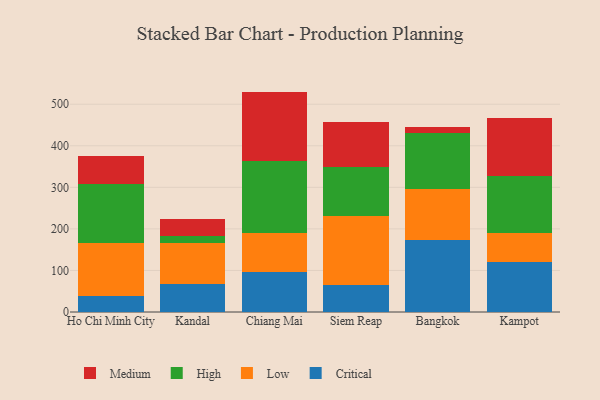
{"axis": {"x": "City", "y": "Production Output"}, "legend": ["Critical", "High", "Low", "Medium"], "data": [{"x": "Ho Chi Minh City", "y": 39.5, "type": "Critical"}, {"x": "Ho Chi Minh City", "y": 126.0, "type": "Low"}, {"x": "Ho Chi Minh City", "y": 142.7, "type": "High"}, {"x": "Ho Chi Minh City", "y": 67.0, "type": "Medium"}, {"x": "Kandal", "y": 68.3, "type": "Critical"}, {"x": "Kandal", "y": 96.8, "type": "Low"}, {"x": "Kandal", "y": 19.0, "type": "High"}, {"x": "Kandal", "y": 40.5, "type": "Medium"}, {"x": "Chiang Mai", "y": 96.2, "type": "Critical"}, {"x": "Chiang Mai", "y": 95.1, "type": "Low"}, {"x": "Chiang Mai", "y": 171.6, "type": "High"}, {"x": "Chiang Mai", "y": 167.5, "type": "Medium"}, {"x": "Siem Reap", "y": 65.3, "type": "Critical"}, {"x": "Siem Reap", "y": 165.8, "type": "Low"}, {"x": "Siem Reap", "y": 117.6, "type": "High"}, {"x": "Siem Reap", "y": 107.5, "type": "Medium"}, {"x": "Bangkok", "y": 172.6, "type": "Critical"}, {"x": "Bangkok", "y": 123.0, "type": "Low"}, {"x": "Bangkok", "y": 134.8, "type": "High"}, {"x": "Bangkok", "y": 14.3, "type": "Medium"}, {"x": "Kampot", "y": 121.0, "type": "Critical"}, {"x": "Kampot", "y": 70.2, "type": "Low"}, {"x": "Kampot", "y": 135.9, "type": "High"}, {"x": "Kampot", "y": 140.6, "type": "Medium"}]}